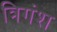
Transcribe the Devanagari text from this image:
त्रिगंश